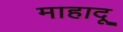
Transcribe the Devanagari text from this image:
माहादू